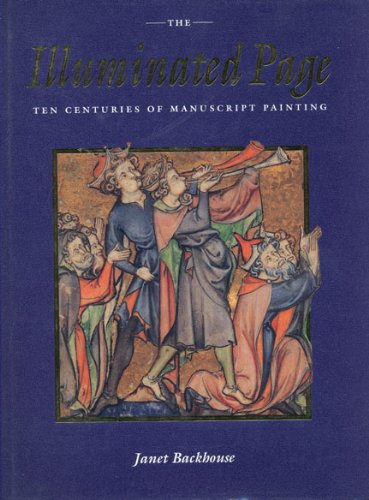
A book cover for The Illuminated Page: Ten Centuries of Manuscript Painting in The British Library; Janet Backhouse; Arts & Photography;